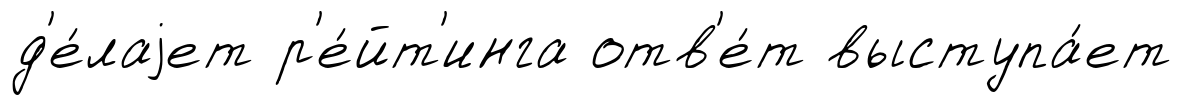
д'е́лаjет р'е́йт'инга отв'е́т выступа́ет